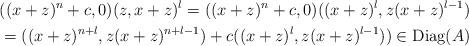
LaTeX: \begin{align*}&((x+z)^n+c,0)(z,x+z)^l=((x+z)^n+c,0)((x+z)^l,z(x+z)^{l-1})\\ &= ((x+z)^{n+l},z(x+z)^{n+l-1})+ c((x+z)^l,z(x+z)^{l-1})) \in \textrm{Diag}(A)\end{align*}